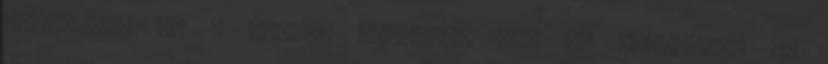
egyszerű, de a termék esetében nem is igényelek rá